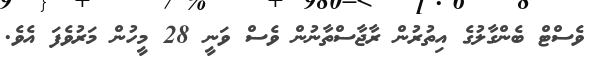
ވެސްްޓް ބެންގާލުގެ އިތުރުން ރާޖާސްތާނުން ވެސް ވަނީ 28 މީހުން މަރުވެފަ އެވެ.